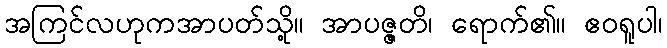
အကြင်လဟုကအာပတ်သို့။ အာပဇ္ဇတိ၊ ရောက်၏။ ဧဝရူပါ၊